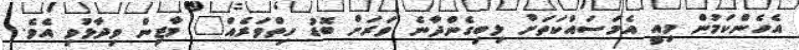
އެހެންކަމުން މިއީ އެމަސައްކަތަށް ލިބިގެންދާނެ ވަރަށް ބޮޑު ހިތްވަރެއް" މާޒިން ވިދާޅުވި އެވެ.